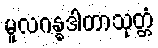
မူလဂန္ဓဒါတာသုတ္တံ